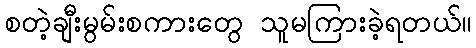
စတဲ့ချီးမွမ်းစကားတွေ သူမကြားခဲ့ရတယ်။